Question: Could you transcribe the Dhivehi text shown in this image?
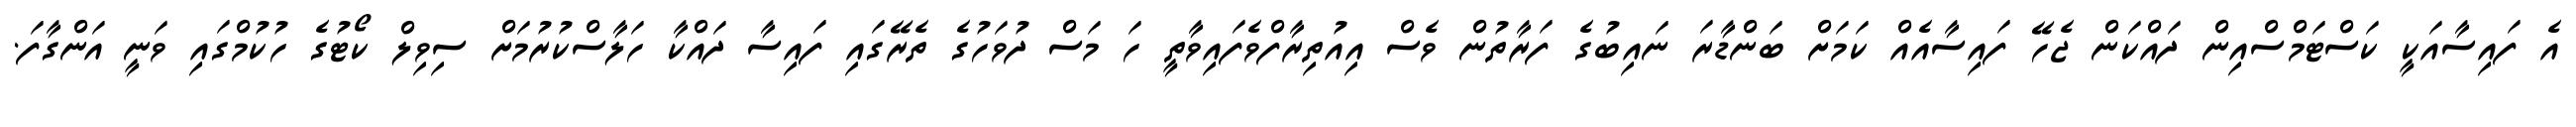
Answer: އެ ފައިސާއަކީ ކަސްޓަމްސްއިން ދައްކަން ޖެހޭ ފައިސާއެއް ކަމަށް ބަންޑާރަ ނައިބުގެ ފަރާތުން ވެސް އިއުތިރާފްވެފައިވާތީ ހަ މަސް ދުވަހުގެ ތެރޭގައި ފައިސާ ދައްކާ ހަލާސްކުރުމަށް ސިވިލް ކޯޓުގެ ހުކުމްގައި ވަނީ އަންގާފަ.